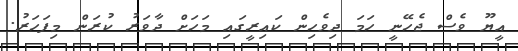
އީޔޫ ވެސް ޖެހޭނީ ހަމަ ދިވެހިން ކައިރީގައި މަހަށް ދާވަރު ކުރަން މިފަހަރު.